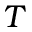
T